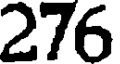
276